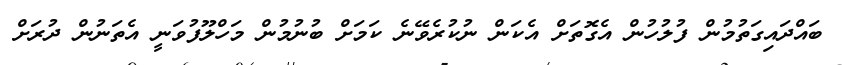
ބައްދައިގަތުމުން ފުލުހުން އެގޮތަށް އެކަން ނުކުރެވޭނެ ކަމަށް ބުނުމުން މަހްލޫފުވަނީ އެތަނުން ދުރަށް